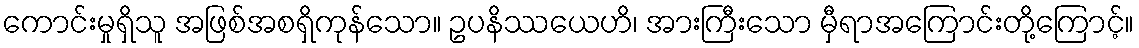
ကောင်းမှုရှိသူ အဖြစ်အစရှိကုန်သော။ ဥပနိဿယေဟိ၊ အားကြီးသော မှီရာအကြောင်းတို့ကြောင့်။